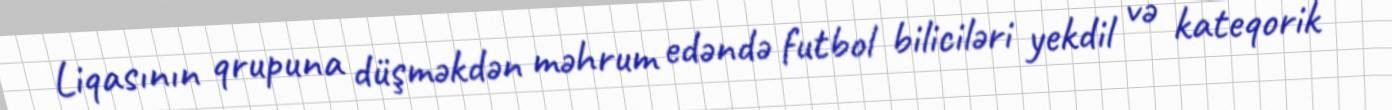
Liqasının qrupuna düşməkdən məhrum edəndə futbol biliciləri yekdil və kateqorik